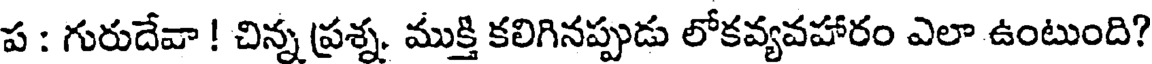
ప : గురుదేవా ! చిన్న ప్రశ్న. ముక్తి కలిగినప్పుడు లోకవ్యవహారం ఎలా ఉంటుంది?